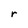
Character: r